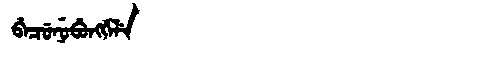
Manchu: ᠪᡝᠴᡠᠨᡠᠪᡠᠩᡤᡝᠯᡝ
Romanization: BECUNUBUNGGELE